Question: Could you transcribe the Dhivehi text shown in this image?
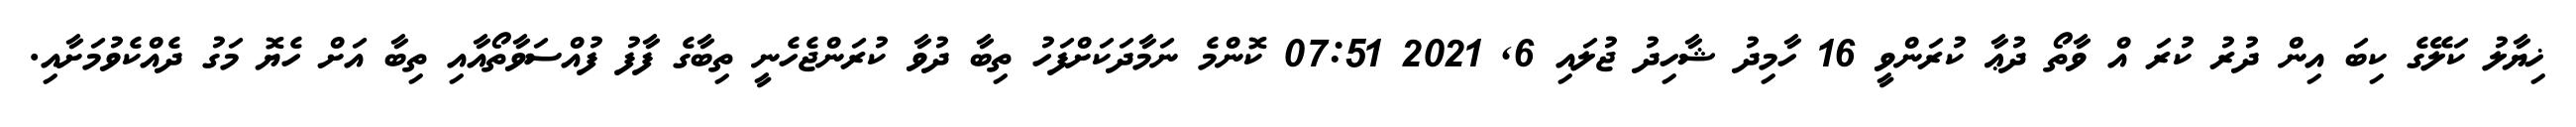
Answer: ޚިޔާލު ކަލޭގެ ކިބަ އިން ދުރު ކުރަ އް ވާތޯ ދުޢާ ކުރަންވީ 16 ހާމިދު ޝާހިދު ޖުލައި 6, 2021 07:51 ކޮންމެ ނަމާދަކަށްފަހު ތިބާ ދުވާ ކުރަންޖެހެނީ ތިބާގެ ފާފު ފުއްސަވާތޯއާއި ތިބާ އަށް ހެޔޮ މަގު ދެއްކެވުމަށާއި.